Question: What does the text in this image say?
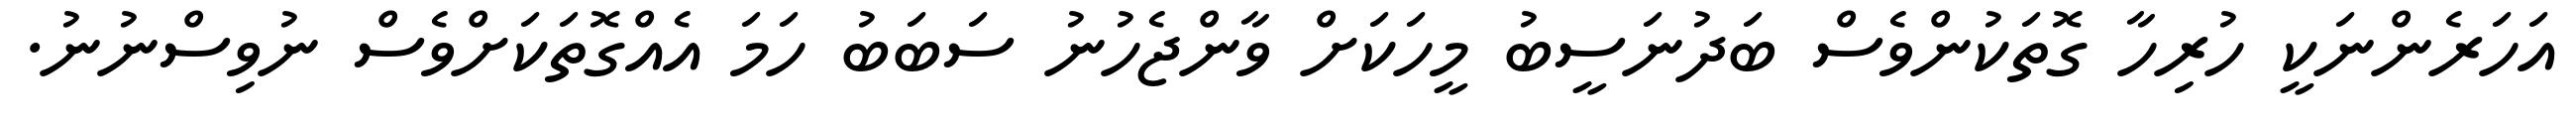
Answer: އަހަރެންނަކީ ހުރިހާ ގޮތަކުންވެސް ބަދުނަސީބު މީހަކަށް ވާންޖެހުނު ސަބަބު ހަމަ އެއްގޮތަކަށްވެސް ނުވިސްނުނު.